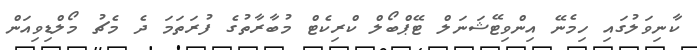
ކާނިވަލުގައި ހިމެނޭ އިންވިޓޭޝަނަލް ޓޭޕްބޯލް ކްރިކެޓް މުބާރާތުގެ ފުރަތަމަ ދެ މެޗު މޯލްޑިވިއަން